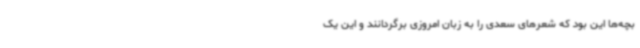
بچه‌ها این بود که شعرهای سعدی را به زبان امروزی برگردانند و این یک